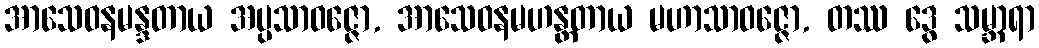
အာသေဝနမန္ဒတာယ အပ္ပသာဝဇ္ဇော, အာသေဝနမဟန္တတာယ မဟာသာဝဇ္ဇော, တဿ ဒွေ သမ္ဘာရာ